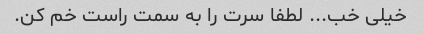
خیلی خب... لطفا سرت را به سمت راست خم کن.